Report on vaccination in Madras 1895-1903 - 1895-1903
Year: 1895
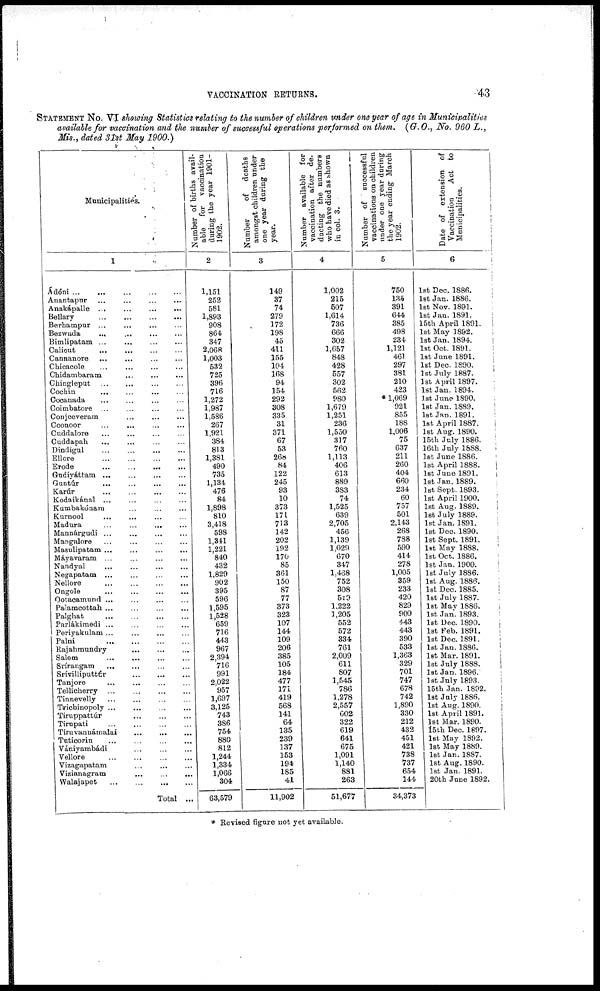
VACCINATION RETURNS.
43
STATEMENT NO. VI showing Statistics relating to the number of children under one year of age in Municipalities
available for vaccination and the number of successful operations performed on them. (G.O., No. 960 L.,
Mis., dated 31st May 1900.)
Municipalities.
1
Ádóni ... ... ... ... ...
Anantapur
...
...
...
...
Anakápalle
...
...
...
...
Bellary
...
...
...
...
Berhampur ... ... ... ...
Bezwada
... ... ... ...
Bimlipatam ...
...
...
...
Calicut ... ... ... ...
Cannanore ...
...
...
...
Chicacole ... ... ... ...
Chidambaram ... ... ...
Chingleput ...
... ... ...
Cochin
... ... ... ...
Cocanada ... ... ... ...
Coimbatore ... ... ... ...
Conjeeveram
...
...
...
Coonoor
...
...
...
...
Cuddalore ... ... ... ...
Cuddapah ... ... ... ...
Dindigul ... ... ... ...
Ellore
...
...
...
...
Erode
...
...
...
...
Gudiyáttam ... ... ... ...
Guntúr
...
...
...
...
Karúr
...
...
...
...
Kodaikánal ... ... ... ...
Kumbakónam ... ... ...
Kurnool ... ... ... ...
Madura
...
...
... ...
Mannárgudi ... ... ... ...
Mangalore ... ... ... ...
Masulipatam ... ... ... ...
Mayavaram ... ... ... ...
Nandyal
...
...
...
...
Negapatam ... ... ... ...
Nellore
...
...
...
...
Ongole ... ... ... ...
Ootacamund ... ... ... ...
Palamcottah
...
...
...
...
Palghat
...
...
...
...
Parlákimedi ...
Periyakulam ... ... ... ...
Palni
...
...
...
...
Rajahmundry ... ... ...
Salem
...
...
...
...
Srírangam ... ... ... ...
Srívilliputtúr
...
...
...
Tanjore
...
...
...
...
Tellicherry ... ... ... ...
Tinnevelly ... ... ... ...
Trichinopoly
...
...
...
...
Tiruppattúr
...
...
...
Tirupati
...
...
...
...
Tiruvannámalai
...
...
...
Tuticorin ... ... ... ...
Vániyambádi ... ... ...
Vellore ... ... ... ...
Vizagapatam ... ... ...
Vizianagram
...
...
...
Walajapet
...
...
...
...
Total ...
Number of births avail-
able for vaccinatum
during the year 1901-
1902.
2
1,151
252
581
1,893
908
864
347
2,068
1,003
632
725
396
716
1,272
1,987
1,586
267
1,921
384
813
1,381
490
735
1,134
476
84
1,898
810
3,418
598
1,341
1,221
840
432
1,829
902
395
596
1,595
1,528
659
716
443
967
2,394
716
991
2,022
957
1,697
3,125
743
386
754
880
812
1,244
1,334
1,066
304
63,579
Number of
deaths
amongst children under
one year during the
year.
3
149
37
74
279
172
198
45
411
155
104
168
94
154
292
308
335
31
371
67
53
268
84
122
245
93
10
373
171
713
142
202
192
170
85
361
150
87
77
373
323
107
144
109
206
385
105
184
477
171
419
568
141
64
135
239
137
153
194
185
41
11,902
Number available for
vaccination after de-
ducting the numbers
who have died as shown
in col. 3.
4
1,002
215
507
1,614
736
666
302
1,657
848
428
557
302
562
980
1,679
1,251
236
1,550
317
760
1,113
406
613
889
383
74
1,525
639
2,705
456
1,139
1,029
670
347
1,468
752
308
519
1,222
1,205
552
572
334
761
2,009
611
807
1,545
786
1,278
2,557
602
322
619
641
675
1,091
1,140
881
263
51,677
Number of successful
vaccinations on children
under one year during
the year ending March
1902.
5
750
135
391
644
385
498
234
1,121
461
297
381
210
423
*1,069
921
855
188
1,006
75
637
211
260
404
660
234
60
757
501
2,143
268
788
590
414
278
1,005
359
233
420
829
900
443
443
390
533
1,363
329
701
747
678
742
1,890
330
212
432
451
421
738
737
654
144
34,373
Date of extension of
Vaccination
Act to
Municipalities.
6
1st Dec. 1886.
1st Jan. 1886.
1st Nov. 1891.
1st Jan. 1891.
15th April 1891.
1st May 1892.
1st Jan. 1894.
1st Oct. 1891.
1st June 1891.
1st Dec. 1890.
1st July 1887.
1st April 1897.
1st Jan. 1894.
1st June 1890.
1st Jan. 1889.
1st Jan. 1891.
1st April 1887.
1st Aug. 1890.
15th July 1886.
16th July 1888.
1st June 1886.
1st April 1888.
1st June 1891.
1st Jan.1889.
1st Sept. 1893.
1st April 1900.
1st Aug. 1889.
1st July 1889.
1st Jan. 1891.
1st Dec. 1890.
1st Sept. 1891.
1st May 1888.
1st Oct. 1886.
1st Jan. 1900.
1st July 1886.
1st Aug. 1886.
1st Dec. 1885.
1st July 1887.
1st May 1886.
1st Jan. 1893.
1st Dec. 1890.
1st Feb. 1891.
1st Dec. 1891.
1st Jan. 1886.
1st Mar. 1891.
1st July 1888.
1st Jan. 1896.
1st July 1893.
15th Jan. 1892.
1st July 1886.
1st Aug. 1890.
1st April 1891.
1st Mar. 1890.
15th Dec. 1897.
1st May 1892.
1st May 1889.
1st Jan. 1887.
1st Aug. 1890.
1st Jan. 1891.
20th June 1892.
* Revised figure not yet available.